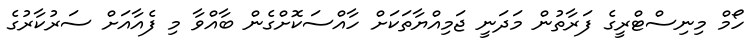
ހޯމް މިނިސްޓްރީގެ ފަރާތުން މަދަނީ ޖަމިއްޔާތަކަށް ހާއްސަކޮށްގެން ބާއްވާ މި ފެއާއަށް ސަރުކާރުގެ